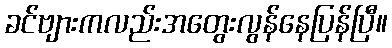
ခင်ဗျားကလည်းအတွေးလွန်နေပြန်ပြီ။